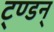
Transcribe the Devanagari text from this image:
ट्ण्डन्